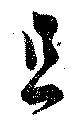
且